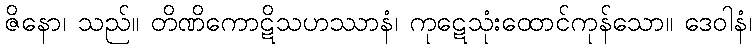
ဇိနော၊ သည်။ တိဏိကောဋိသဟဿာနံ၊ ကုဋေသုံးထောင်ကုန်သော။ ဒေဝါနံ၊